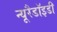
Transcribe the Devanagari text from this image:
न्यूरैडॉइडी